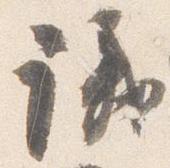
議